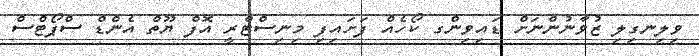
ވިލިނގިލި ޒުވާނުންނަށް ޑައިވިންގ ކޯހެއް ފަށައިފި މިނިސްޓްރީ އޮފް ޔޫތް އެންޑް ސްޕޯޓްސް